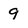
Character: 9